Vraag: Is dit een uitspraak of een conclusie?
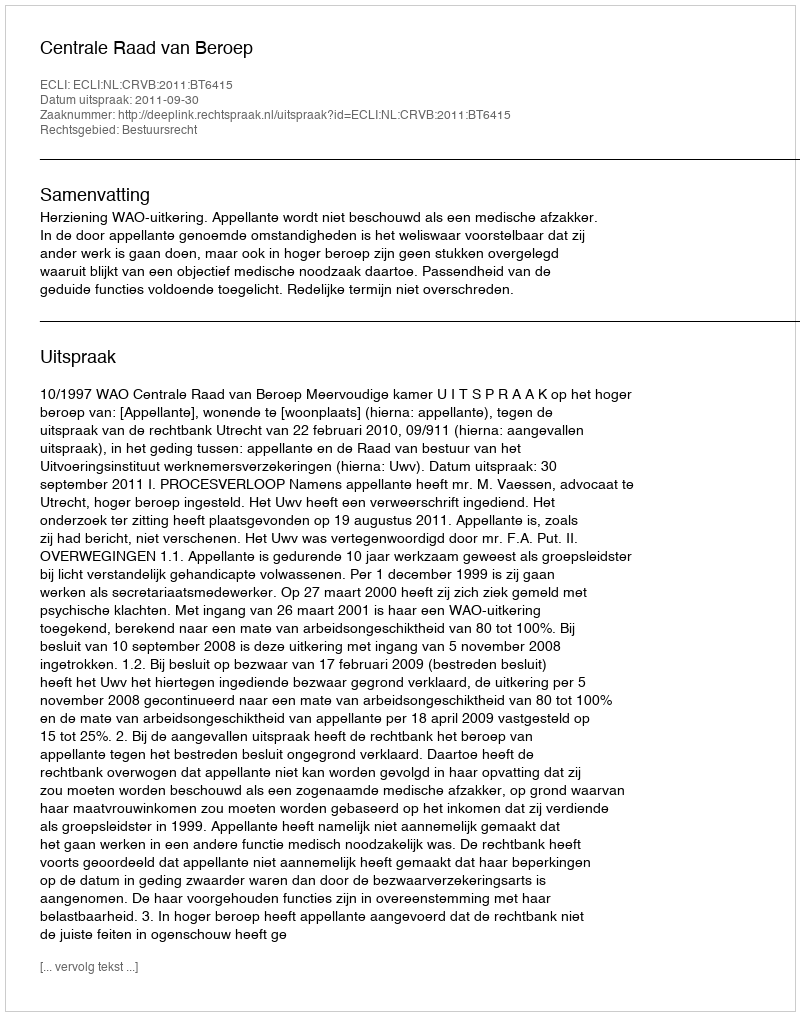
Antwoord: Uitspraak